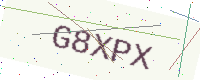
Text: G8XPX